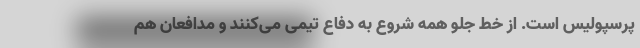
پرسپولیس است. از خط جلو همه شروع به دفاع تیمی می‌کنند و مدافعان هم